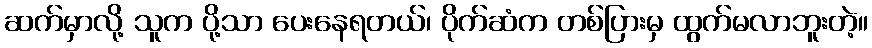
ဆက်မှာလို့ သူက ပို့သာ ပေးနေရတယ်၊ ပိုက်ဆံက တစ်ပြားမှ ထွက်မလာဘူးတဲ့။